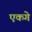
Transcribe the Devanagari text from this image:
एकगे